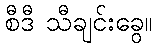
စီဒီ သီချင်းခွေ။